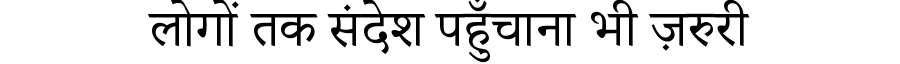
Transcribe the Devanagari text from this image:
लोगों तक संदेश पहुँचाना भी ज़रुरी